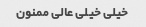
خیلی خیلی عالی ممنون